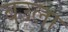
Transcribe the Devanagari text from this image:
बउला